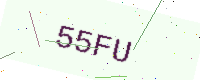
Text: 55FU